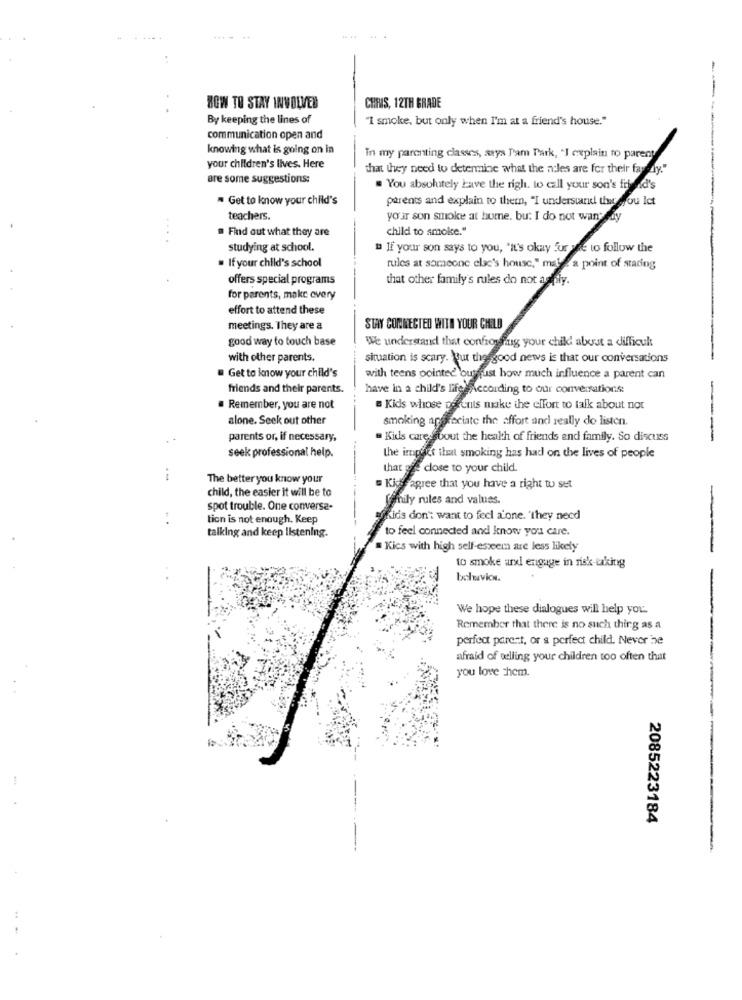
- -
HOW TO STAY INVOLVED
CHRIS, 12TH GRADE
By keeping the lines of
"1 smoke, but only when I'm at a friend's house."
communication open and
knowing what is going on in
In my parenting classes, says Pam Park, "I explain to parent
your children's lives. Here
that they need to determine what the n:les are for their fardy
are some suggestions:
. You absolutely have the righ. to call your son's friend's
" Get to know your child's
parents and explain to them, "I understand that you Ict
teachers.
your son smoke at home. bu: I do not want dy
. Find out what they are
child to smoke."
studying at school.
" If your son says to you, "it's okay fur wie to follow the
. If your child's school
rules at someone else's house," mala point of stading
offers special programs
that other family's rules do not a ply.
for parents, make every
effort to attend these
meetings. They are a
STAY CONNECTED WITH YOUR CHILD
good way to touch base
We understand that confrowning your child about a difficult
with other parents.
situation is scary. Yut the good news is that our conversations
" Get to know your child's
with teens pointed outjust how much influence a parent can
friends and their parents.
have in a child's life According to our conversations
Remember, you are not
a Kids whose pofonts make the effort to talk about not
alone. Seek out other
smoking appreciate the affort and really do listen.
parents or, if necessary,
Kids caressbout the health of friends and family. So discuss
--
seek professional help.
the impact that smoking has had on the lives of people
that ofe close to your child.
i
The better you know your
child, the easier it will be to
Kissagree that you have a right to set
Ofily rules and values.
spot trouble. One conversa-
tion is not enough. Keep
Kids don't want to feel alone. "they need
-
talking and keep listening.
to feel connected and know you care.
= Kics with high self-esteem are less likely
to smoke arx engage in risk-taking
boluvicw.
We hope these dialogues will help you.
Remember that there is no such thing as a
perfect parent, or a perfect child. Never be
afraid of welling your children too often that
you love Them.
--
2085223184
-